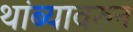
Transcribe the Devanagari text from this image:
थांब्यावरुन